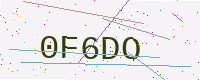
Text: 0F6DO